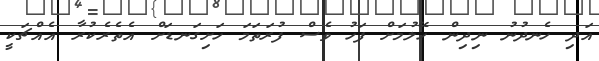
އަދި ހެނދުނު ނިދިން ހޭލުމަށް ފަހު ވެސް ފުރަތަމަ ހަށިގަނޑަށް އެތެރެކުރާ އެއްޗަކީ